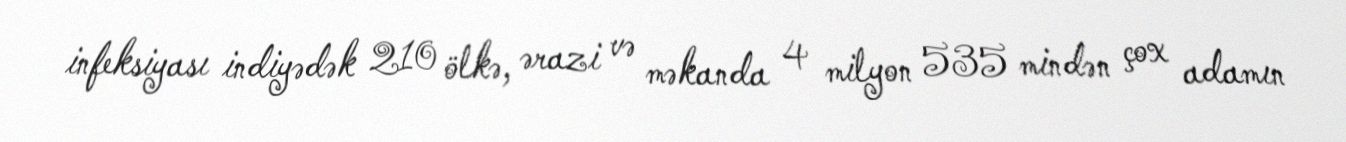
infeksiyası indiyədək 210 ölkə, ərazi və məkanda 4 milyon 535 mindən çox adamın